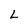
Character: L